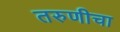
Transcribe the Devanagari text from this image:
तरुणीचा